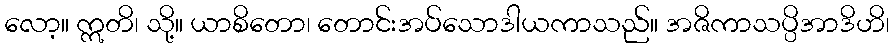
လော့။ ဣတိ၊ သို့။ ယာစိတော၊ တောင်းအပ်သောဒါယကာသည်။ အဇိကာသပ္ပိအာဒိဟိ၊